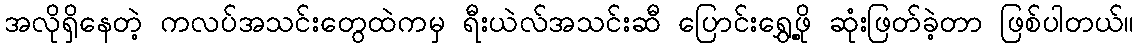
အလိုရှိနေတဲ့ ကလပ်အသင်းတွေထဲကမှ ရီးယဲလ်အသင်းဆီ ပြောင်းရွှေ့ဖို့ ဆုံးဖြတ်ခဲ့တာ ဖြစ်ပါတယ်။